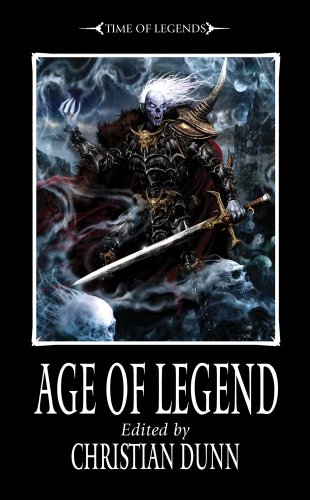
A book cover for Age of Legends (Time of Legends); Literature & Fiction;